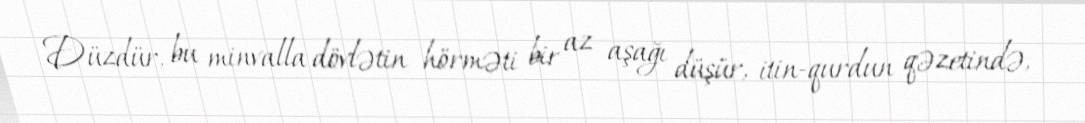
Düzdür, bu minvalla dövlətin hörməti bir az aşağı düşür, itin-qurdun qəzetində,